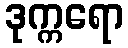
ဒုက္ကရော